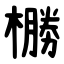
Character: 橳